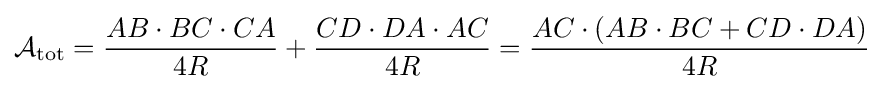
{\mathcal {A}}_{\text{tot}}={\frac {AB\cdot BC\cdot CA}{4R}}+{\frac {CD\cdot DA\cdot AC}{4R}}={\frac {AC\cdot (AB\cdot BC+CD\cdot DA)}{4R}}